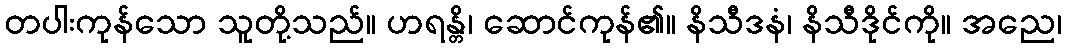
တပါးကုန်သော သူတို့သည်။ ဟရန္တိ၊ ဆောင်ကုန်၏။ နိသီဒနံ၊ နိသီဒိုင်ကို။ အညေ၊